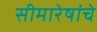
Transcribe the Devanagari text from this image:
सीमारेषांचे